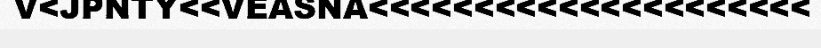
V<JPNTY<<VEASNA<<<<<<<<<<<<<<<<<<<<<